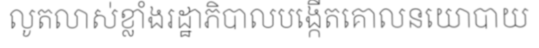
លូតលាស់ខ្លាំងរដ្ឋាភិបាលបង្កើតគោលនយោបាយ